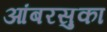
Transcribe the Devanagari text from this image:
आंबरसुका